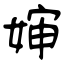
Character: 婶